system: You are a helpful assistant.
user:
Analyze the provided spectrum to determine if it is a **"Cataclysmic Variables (CV)"**.

- **Key Indicators for CV (Check for either state):**
    - **State 1: Quiescent / Low-State (Emission-Dominated)**
        - **(Primary):** Strong and *very broad* Hydrogen Balmer emission lines (e.g., $H\alpha$ at 6563 Å, $H\beta$ at 4861 Å). The 'broadness' (high velocity dispersion, often FWHM > 1000 km/s) is the key diagnostic, indicating a high-velocity accretion disk.
        - **(Secondary):** Broad neutral Helium (He I) emission lines (e.g., 5876 Å, 6678 Å).
        - **(Key Confirmation):** Presence of high-excitation *ionized* Helium (He II) emission at 4686 Å. This is a strong indicator of accretion onto a white dwarf.
        - **(Line Profile):** Emission lines may exhibit a 'double-peaked' profile, which is a classic signature of a rotating accretion disk viewed at high inclination.

    - **State 2: Outburst / High-State (Absorption-Dominated)**
        - **(Primary):** Spectrum is dominated by a bright, blue continuum (looks like a hot star).
        - **(Secondary):** The emission lines from State 1 are weak, absent, or 'filled in', and are replaced by broad, shallow *absorption* lines (primarily Balmer and He I).
        - **(Morphology):** The overall spectrum mimics a hot B/A-type star. The crucial difference is that the absorption lines are significantly broader, shallower, and more 'washed-out' (or 'smeared') than the sharp lines of a normal stellar photosphere, due to high rotational speeds and pressure broadening in the disk.

Think first, call **spectral_visualization_tool** if needed to examine features in detail, then provide your final answer. Your response must adhere to the following strict rules:
1.  **Overall Structure:** Your response must follow the format `<think>...</think> <tool_call>...</tool_call> (if a tool is used) <answer>...</answer>`.
2.  **Tool Usage Constraint:** You may only make **one** tool call per turn.
3.  **Final Answer Format:** In the `<answer>` tag, your conclusion must be inside a `\boxed{}` command (e.g., `\boxed{YES}`), followed by your justification.

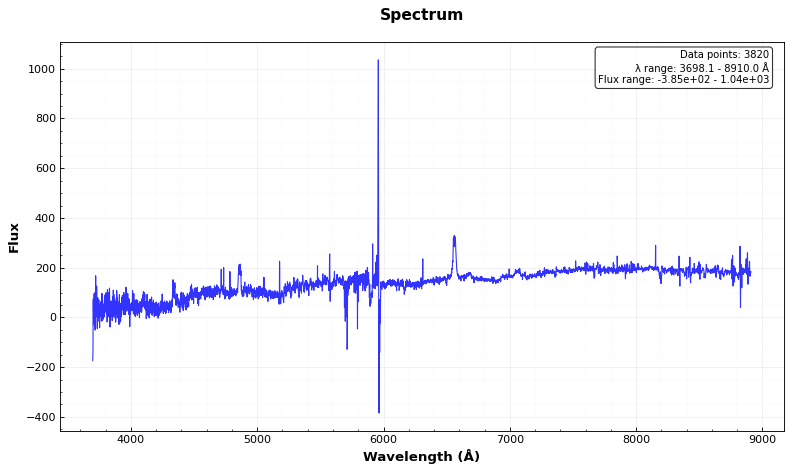
Answer: YES